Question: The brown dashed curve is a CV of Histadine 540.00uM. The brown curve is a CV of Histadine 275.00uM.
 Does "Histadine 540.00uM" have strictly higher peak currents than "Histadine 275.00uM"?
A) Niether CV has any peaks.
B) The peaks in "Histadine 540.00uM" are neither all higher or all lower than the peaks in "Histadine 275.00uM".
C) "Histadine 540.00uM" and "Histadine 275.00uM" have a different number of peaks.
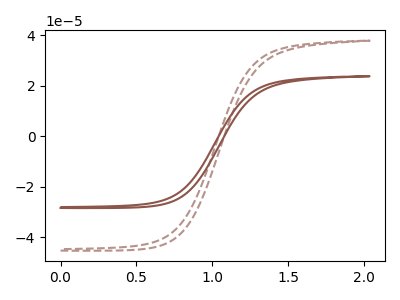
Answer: <think>The brown dashed curve "Histadine 540.00uM" has no peaks. The brown curve "Histadine 275.00uM" has no peaks.</think>
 <answer>A) Niether CV has any peaks.</answer>
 <eval>A</eval>